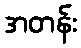
အတန်း